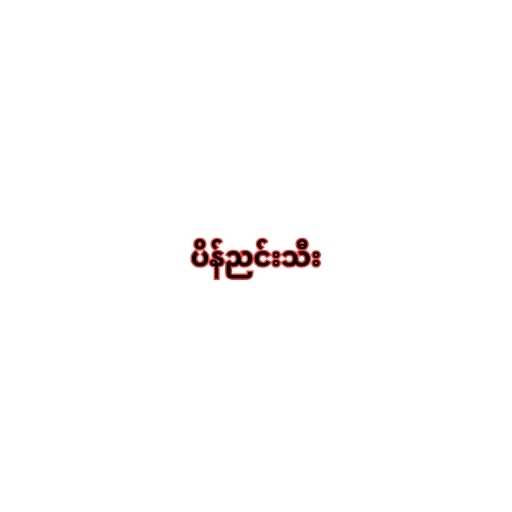
ပိန်ညင်းသီး